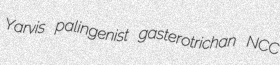
Yarvis palingenist gasterotrichan NCC